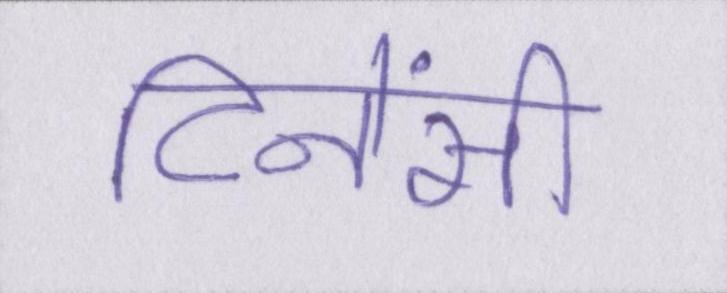
टिनेंसी